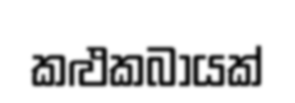
කළුකබායක්